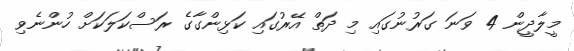
މީލާދީން 4 ވަނަ ގަރުނުގައި މި ދަތް އޭރުގައި ކަޅިންގާގެ ރަސްކަލަކަށް ހުންނެވި